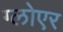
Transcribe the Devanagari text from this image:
ग्लोएर